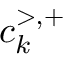
c _ { k } ^ { > , + }